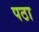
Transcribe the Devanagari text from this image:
पठा